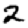
Digit: 2